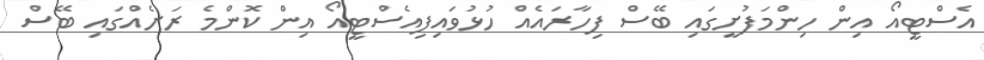
އެސްޓީއޯ އިން ހިންމަފުށީގައި ބޭސް ފިހާރައެއް ހުޅުވައިފިއެސްޓީއޯ އިން ކޮންމެ ރަށެއްގައި ބޭސް